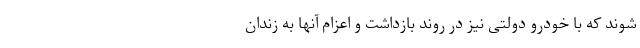
شوند که با خودرو دولتی نیز در روند بازداشت و اعزام آنها به زندان